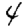
Digit: 4